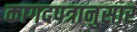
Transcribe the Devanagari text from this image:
कागदपत्रानुसार